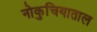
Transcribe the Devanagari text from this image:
नोकुचियाताल